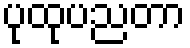
ပုထုပညတာ